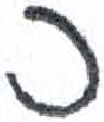
אות: כ